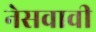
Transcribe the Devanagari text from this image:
नेसवावी